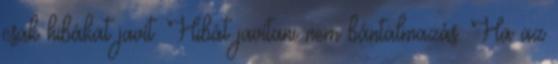
csak hibákat javít. Hibát javítani nem bántalmazás. Ha az